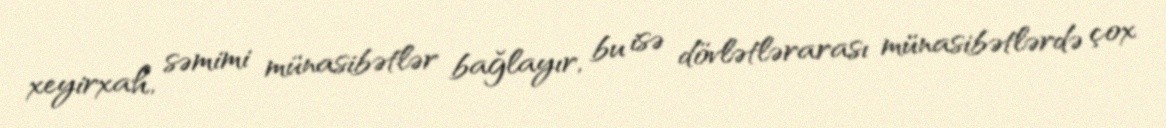
xeyirxah, səmimi münasibətlər bağlayır, bu isə dövlətlərarası münasibətlərdə çox